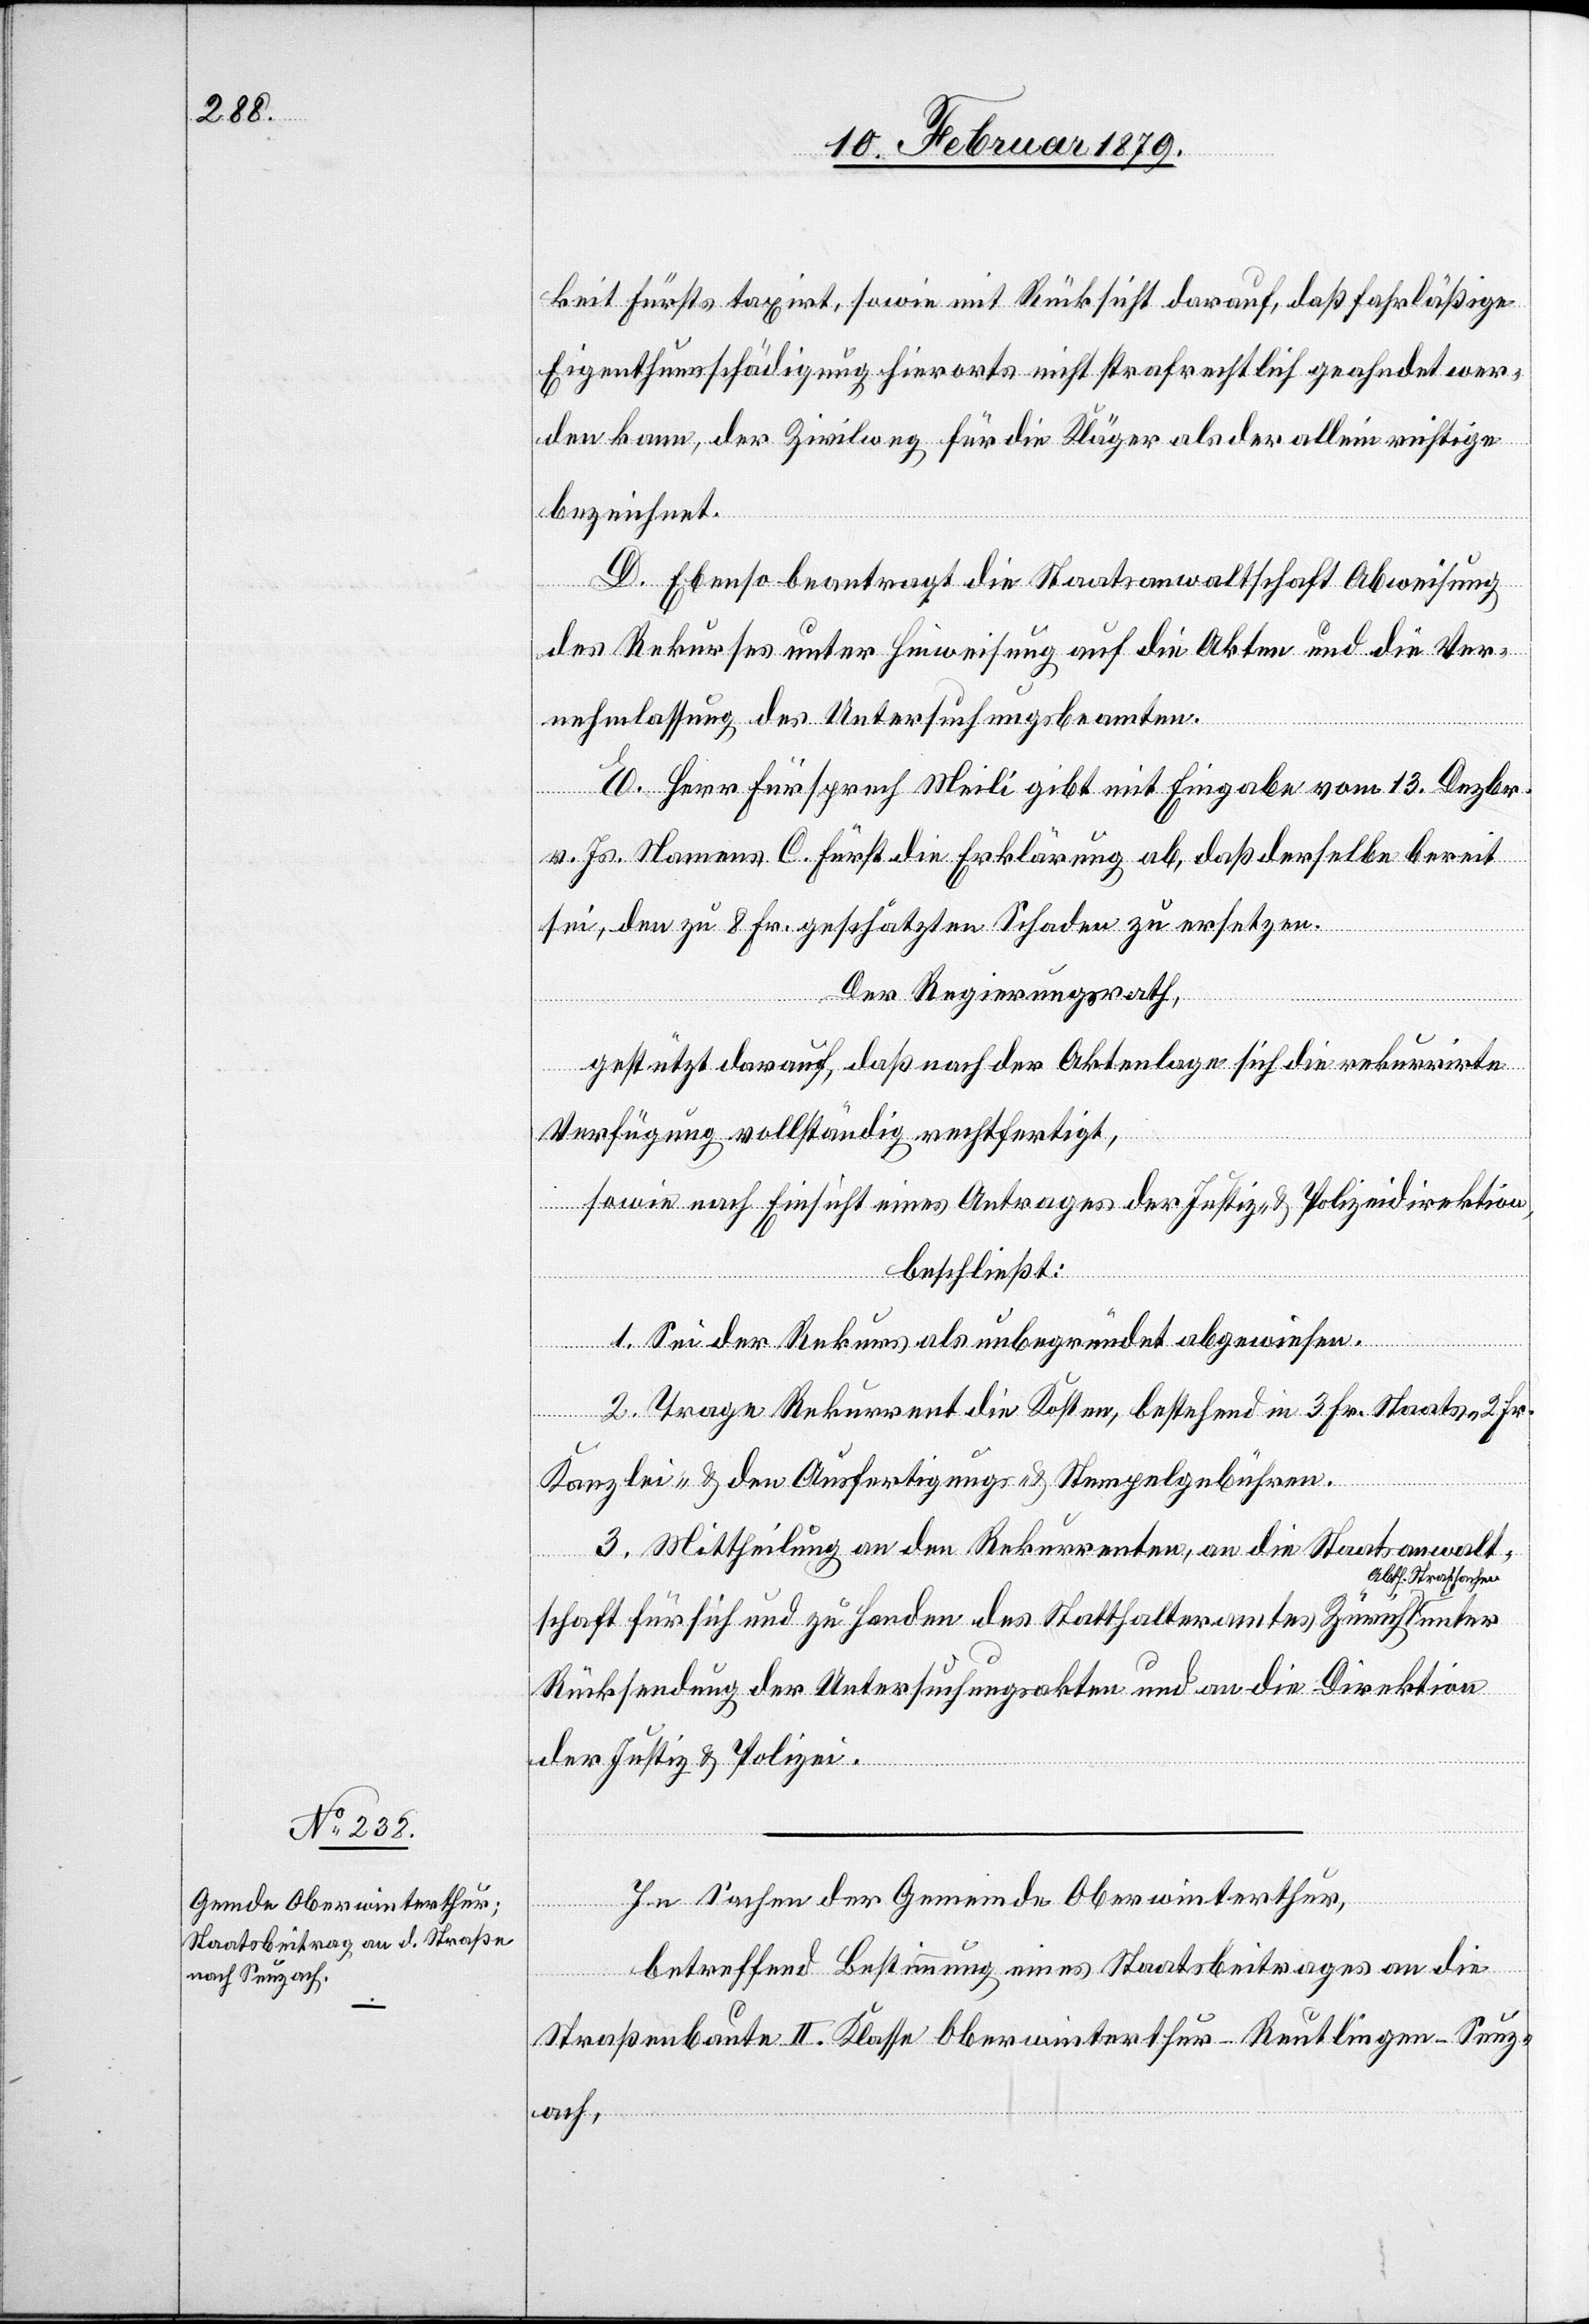
keit Fürsts taxirt, sowie mit Rücksicht darauf, daß fahrläßige
Eigenthumsschädigung hierorts nicht strafrechtlich geahndet wer¬
den kann, der Zivilweg für die Kläger als der allein richtige
bezeichnet.
D. Ebenso beantragt die Staatsanwaltschaft Abweisung
des Rekurses unter Hinweisung auf die Akten und die Ver¬
nehmlassung der Untersuchungsbeamten.
E. Herr Fürsprech Meili gibt mit Eingabe vom 13. Dezbr.
v. Js. Namens C. Fürst die Erklärung ab, daß derselbe bereit
sei, den zu 8 Fr. geschätzten Schaden zu ersetzen.
Der Regierungsrath,
gestützt darauf, daß nach der Aktenlage sich die rekurrirte
Verfügung vollständig rechtfertigt,
sowie nach Einsicht eines Antrages der Justiz- & Polizeidirektion,
beschließt:
1. Sei der Rekurs als unbegründet abgewiesen.
2. Trage Rekurrent die Kosten, bestehend in 3 Fr. Staats- 2 Fr.
Kanzlei- & den Ausfertigungs- & Stempelgebühren.
3. Mittheilung an den Rekurrenten, an die Staatsanwalt¬
a-Abth. Strafsachen-a
schaft für sich und zu Handen des Statthalteramtes Zürich
Rücksendung der Untersuchungsakten und an die Direktion
unter
der Justiz & Polizei.
In Sachen der Gemeinde Oberwinterthur,
betreffend Bestimmung eines Staatsbeitrages an die
Straßenbaute II. Klasse Oberwinterthur–Reutlingen–Seuz¬
ach,